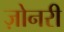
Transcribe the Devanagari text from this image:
ज़ोनरी